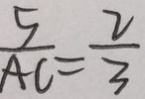
\frac { 5 } { A C } = \frac { 2 } { 3 }